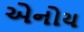
એનોય